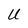
Character: U